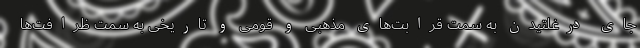
جای درغلتیدن به سمت قرابت‌های مذهبی و قومی و تاریخی به سمت ظرافت‌ها